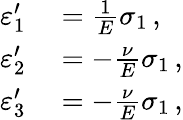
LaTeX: \begin{array}{rl}{\varepsilon_{1}^{\prime}}&{{}={\frac{1}{E}}\sigma_{1}\, ,}\\ {\varepsilon_{2}^{\prime}}&{{}=-{\frac{\nu}{E}}\sigma_{1}\, ,}\\ {\varepsilon_{3}^{\prime}}&{{}=-{\frac{\nu}{E}}\sigma_{1}\, ,}\end{array}